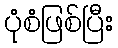
ပုံစံဖြစ်ပြီး